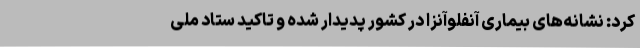
کرد: نشانه‌های بیماری آنفلوآنزا در کشور پدیدار شده و تاکید ستاد ملی